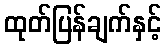
ထုတ်ပြန်ချက်နှင့်